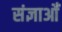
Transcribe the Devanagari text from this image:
संज्ञाओँ